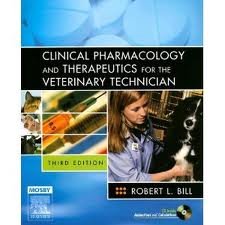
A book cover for Clinical Pharmacology and Therapeutics for the Veterinary Technician 3th (third) edition Text Only; Robert L. Bill DVM PhD; Medical Books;